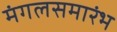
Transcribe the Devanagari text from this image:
मंगलसमारंभ